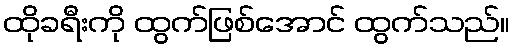
ထိုခရီးကို ထွက်ဖြစ်အောင် ထွက်သည်။